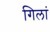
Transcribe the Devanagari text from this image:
गिलां